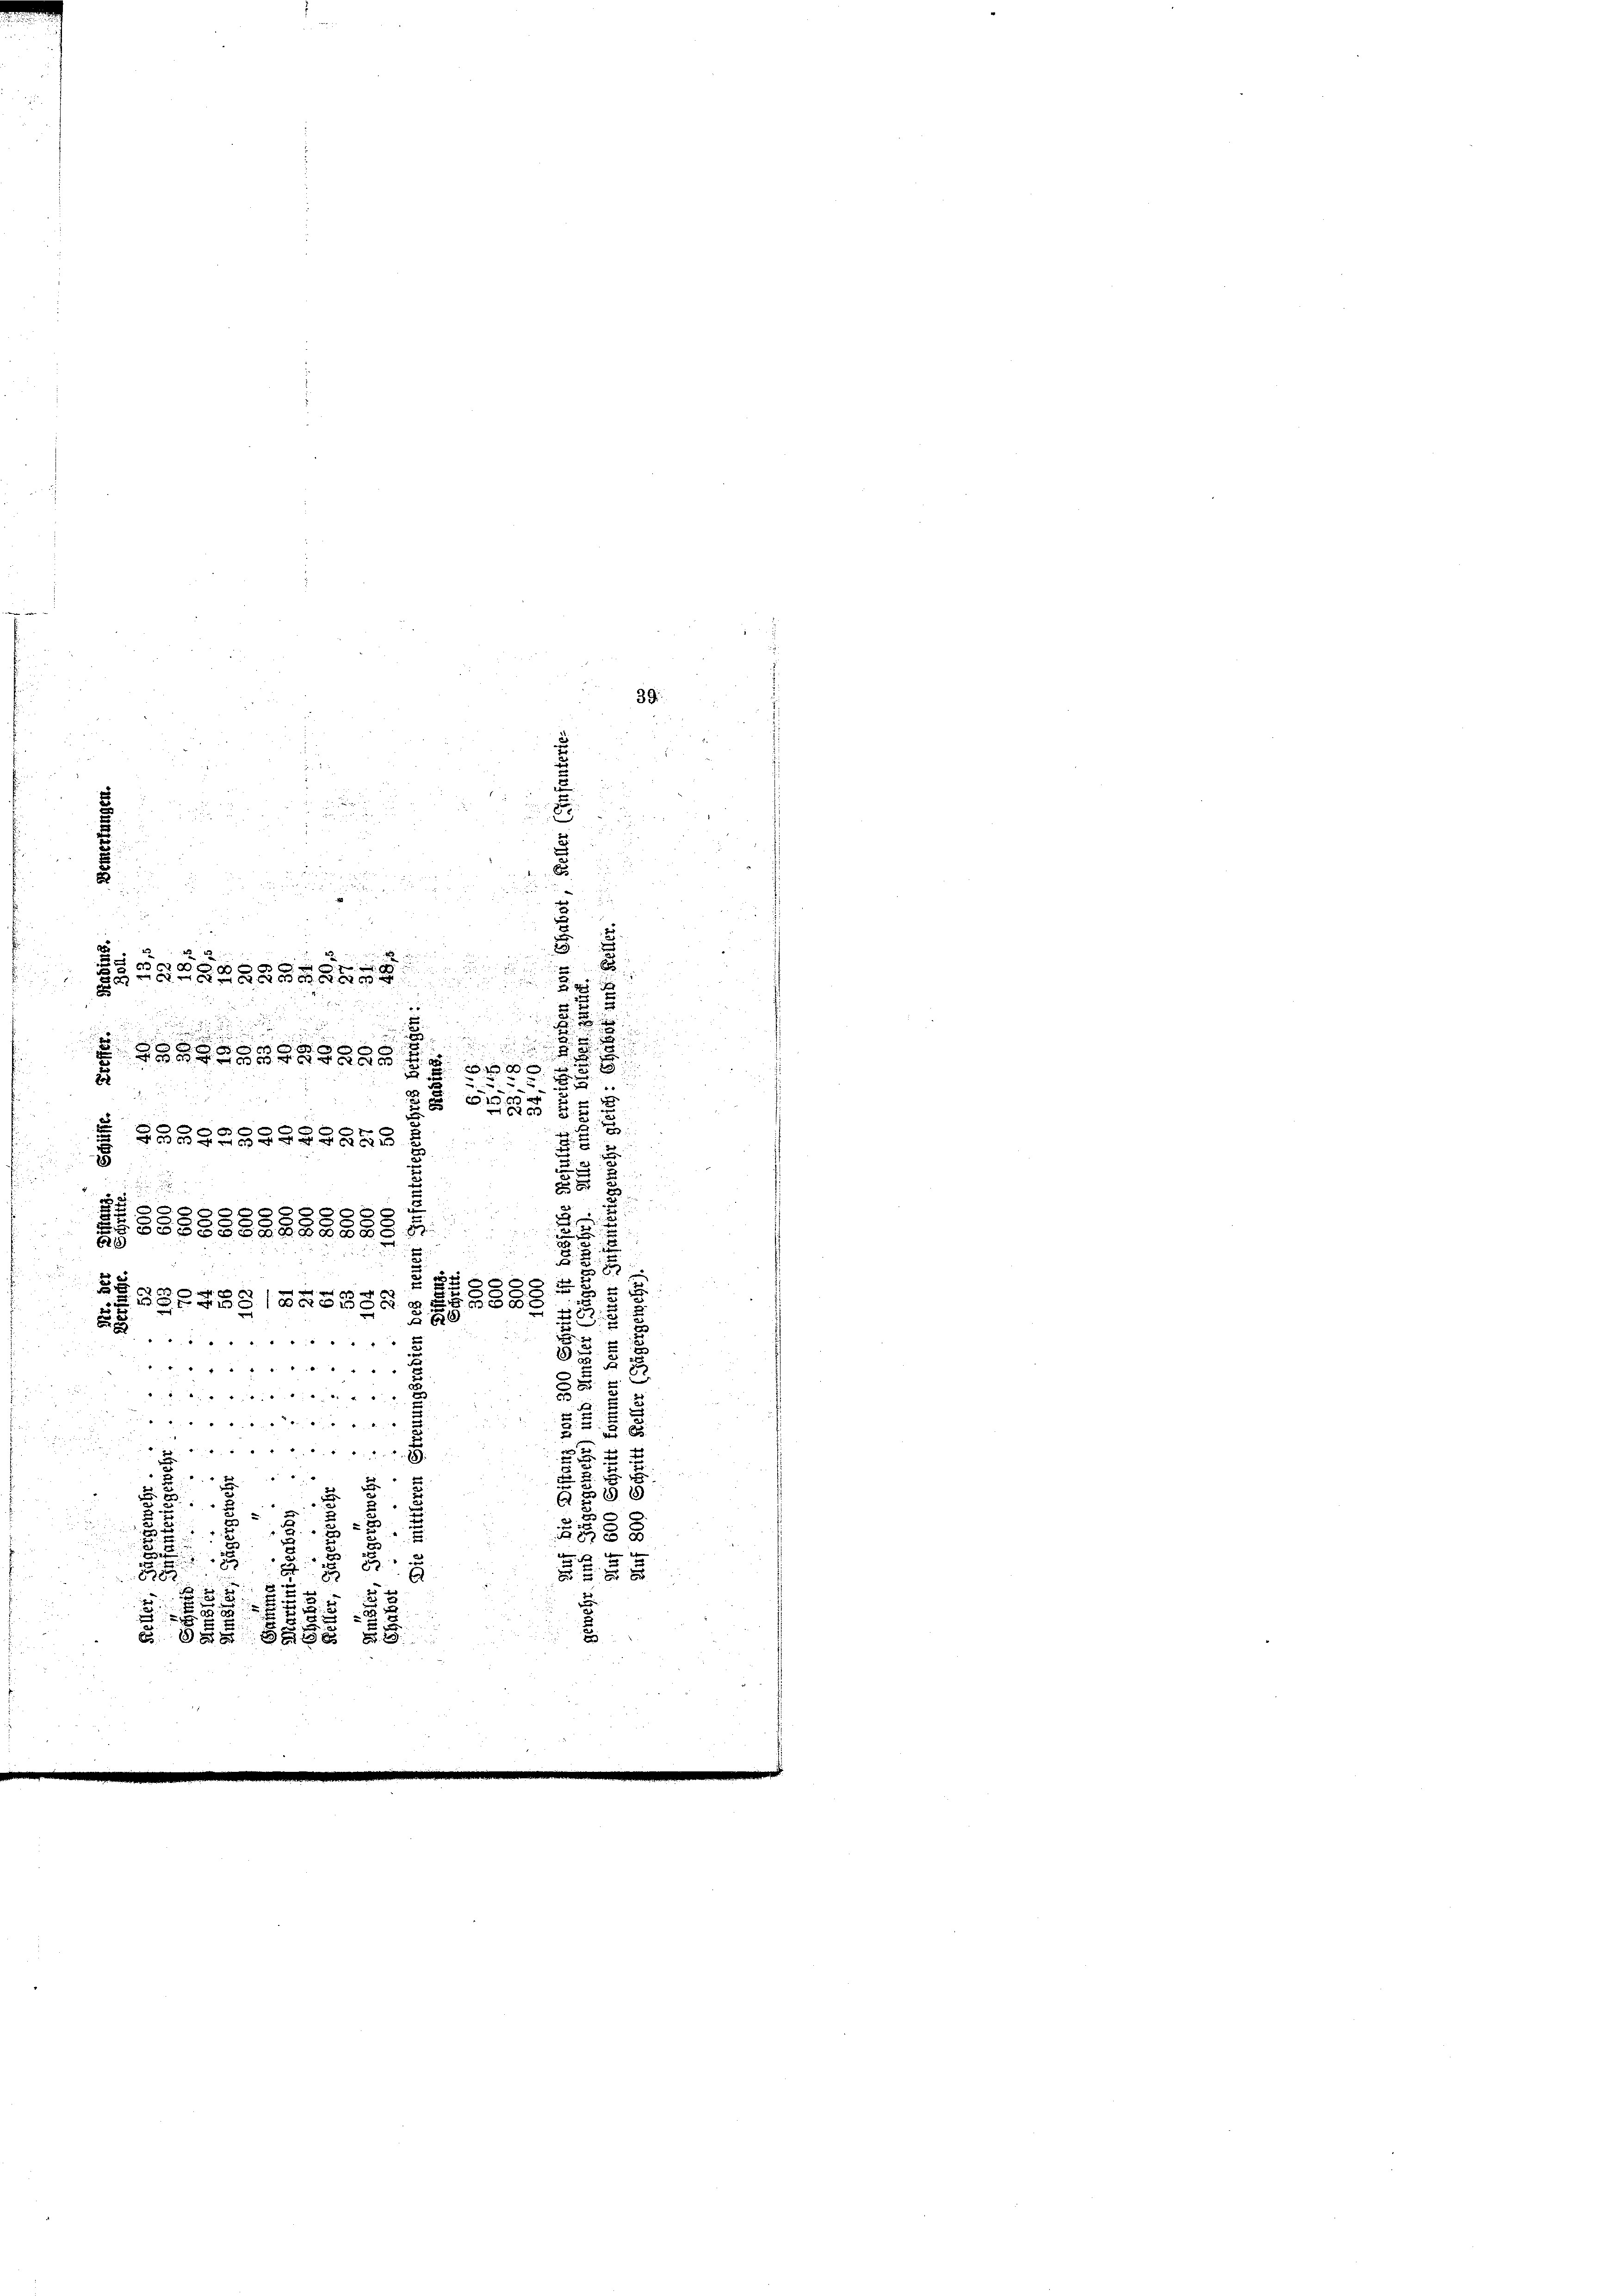
.

.
.
d
i
r
8 x

c

g

is: ein
6
2
ZBGRASSSARK58

.
d
.
.
.

g

u
2
2
u
2x
u
8
.

.
§§§§2BASSAALE
25
2

d
i
.
 2
8
8
00
.
18
" " "
" " " " " " " " " " " " "
 4ten
5

5

.
 24 x
2
78
u

x
u
.
d

d
E
57
“
e
.5 d
S
u
5
.
2 x 0
.

e

g
g
u
5
2
u
5 x 4
A

 4

x

8

e

555588888.
8
2
2
8.
BG248/G22335
BG
.

39.

e
3